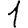
Digit: 1